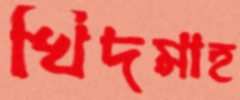
খিদমাহ